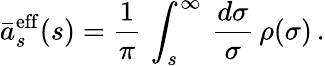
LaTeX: \bar{a}_{s}^{\mathrm{eff}}(s)=\frac{1}{\pi}\, \int_{s}^{\infty}\, \frac{d\sigma}{\sigma}\, \rho(\sigma)\, .